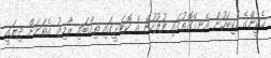
ހެކީންގެ ހެކިބަހުން އެނގޭގޮތުގައި ފުލުހުން އެ ކޮޓަރީގައި ތިއްބައި ރާމިޒު އެތަނަށް ދިޔައީ